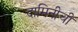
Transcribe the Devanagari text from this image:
दामिनीची